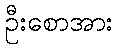
ဦးစောအား